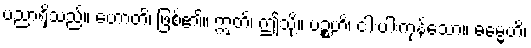
ပညာရှိသည်။ ဟောတိ၊ ဖြစ်၏။ ဣတိ၊ ဤသို့။ ပဉ္စဟိ၊ ငါးပါးကုန်သော။ ဓမ္မေဟိ၊